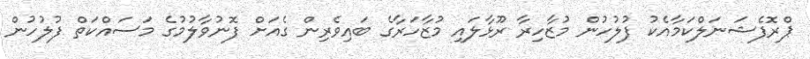
ޕްރޮފެޝަނަލްކަމާއެކު ފުލުހުން މުޒާހިރާ ރޫޅާލައި މުޒާހަރާގެ ބައިވެރިން ގެއަށް ފޮނުވާލުމުގެ މަސައްކަތް ފުލުހުން